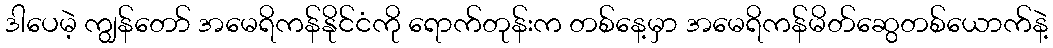
ဒါပေမဲ့ ကျွန်တော် အမေရိကန်နိုင်ငံကို ရောက်တုန်းက တစ်နေ့မှာ အမေရိကန်မိတ်ဆွေတစ်ယောက်နဲ့